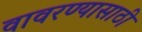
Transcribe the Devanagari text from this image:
वावरण्यासाठी